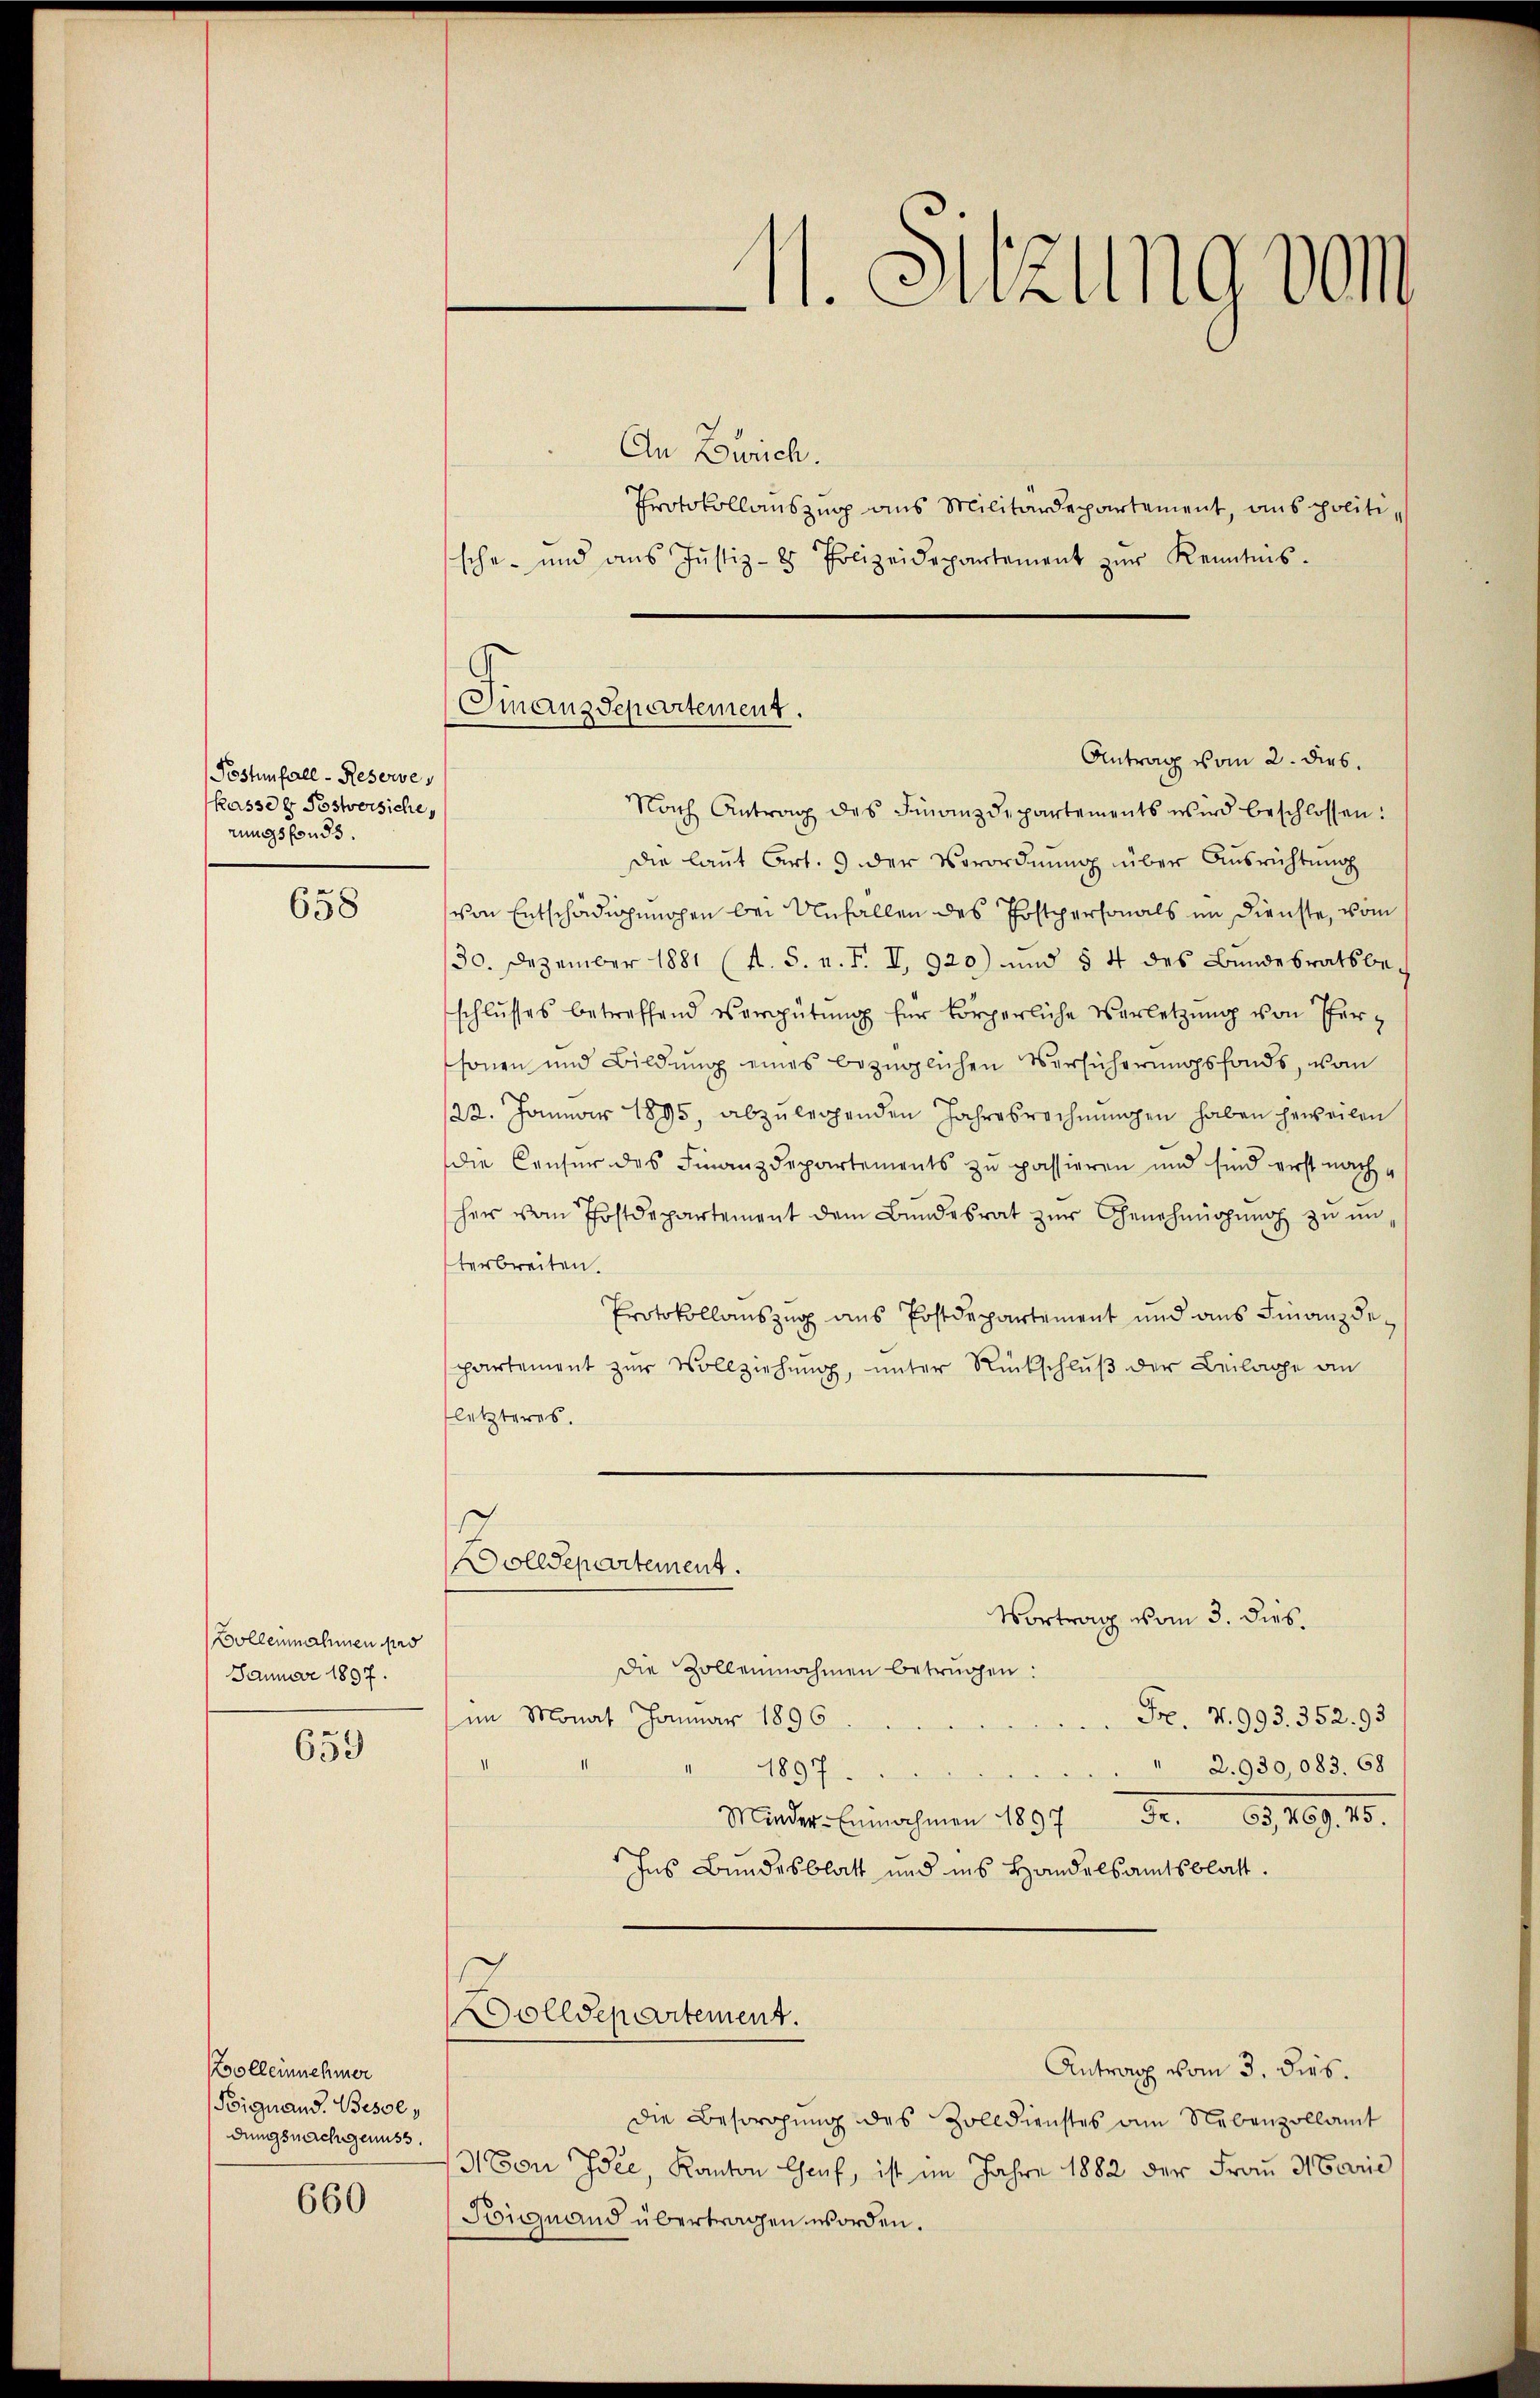
Postenfall - Reserves
kasser Postersiche,
rungsfonds.

658

Bolleinnahmen das
Januar 1897.

659

Kolleinnehmer
Bignand. Besol
dungsnachgenuss.

660

sche und ans Justiz- & Polizeidepartement zŭr Kenntnis.
Antrag vom 2. dies
die laŭt Art. 9 der Verordnŭng über Ausrichtung
von Entschädigungen bei Unfallen des Postpersonals im Dienste, vom
30. Dezember 1881 (s. S. n. F. I, 920) und § 4 des Bundesratsbe-
schlŭsses betreffend vergütŭng für körperliche Verletzŭng von Tersonen und Bildung eines bezüglichen Versicherungsfonds, von
22. Januar 1895, abzulegenden Jahresrechnŭngen haben jeweilen
die Censur des Finanzdepartements zu passieren und sind erst nachher vom Postdepartement dem Bŭndesrat zŭr Genehmigŭng zŭ ŭn-
terbreiten.
Protokollauszug aus Postdepartement und aus Finanzdepartement zur Vollziehung, unter Rückschluß der Beilage an
letzteres.
Dolldepartement.
Vortrag vom 3. dies.
Die Zollennahmen betrügen:
im Monat Januar 1896
Fr. v. 993. 352. 93
2.930,083. 68
1897.
Minder-Einnahmen 1897 Fr. 63. 469. 15.
Ins Bundesblatt und ins Handelsamtsblatt.
Dolldepartement.
Antrag vom 3. dies.
Die Besorgung des Zolldienstes am Nebenzollamt
Non Idee, Kanton Genf, ist im Jahre 1882 der Frau Marie
Signand übertragen worden.

Finanzdepartement.
Nach Antrag des Finanzdepartements wird beschlossen:

M. Sitzung vom
An Zürich.
Protokollauszug aus Militärdepartement, aus politi¬